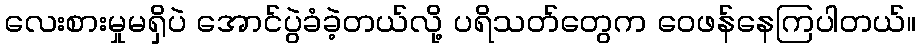
လေးစားမှုမရှိပဲ အောင်ပွဲခံခဲ့တယ်လို့ ပရိသတ်တွေက ဝေဖန်နေကြပါတယ်။